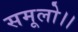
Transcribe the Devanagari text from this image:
समूलो।।